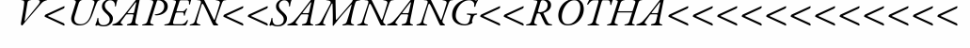
V<USAPEN<<SAMNANG<<ROTHA<<<<<<<<<<<<